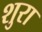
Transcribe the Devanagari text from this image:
शुरा